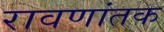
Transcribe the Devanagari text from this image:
रावणांतक